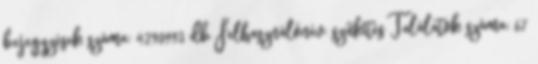
bejegyzések száma: 4290993 db Felhasználónév: szűkítés Találatok száma: 67